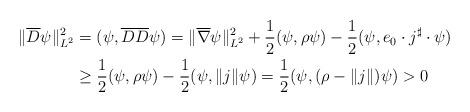
LaTeX: \begin{align*}\|\overline D \psi\|^2_{L^2} &=(\psi, \overline D \overline D \psi) = \|\overline\nabla \psi\|^2_{L^2} + \frac12 (\psi, \rho \psi)- \frac12 (\psi, e_0 \cdot j^\sharp \cdot \psi) \\& \geq \frac12 (\psi, \rho \psi)- \frac12 (\psi, \|j\| \psi) =\frac12 (\psi, (\rho - \|j\|) \psi) >0\end{align*}